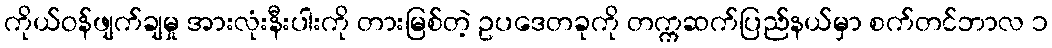
ကိုယ်ဝန်ဖျက်ချမှု အားလုံးနီးပါးကို တားမြစ်တဲ့ ဥပဒေတခုကို တက္ကဆက်ပြည်နယ်မှာ စက်တင်ဘာလ ၁